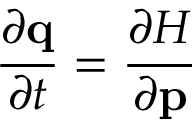
{ \frac { \partial \mathbf { q } } { \partial t } } = { \frac { \partial H } { \partial \mathbf { p } } }